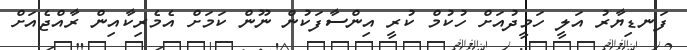
ފަނޑިޔާރު އަލީ ހަމީދުއަށް ހުކުމް ކުރީ އިންސާފަކުން ނޫން ކަމަށް އެމެރިކާއިން ރާއްޖެއަށް